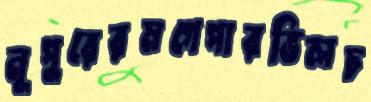
নূপুরেরমগেপারভিলচ